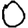
Digit: 0